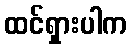
ထင်ရှားပါက